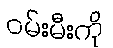
ဝမ်းမီးကို